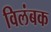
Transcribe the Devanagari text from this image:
विलंबक